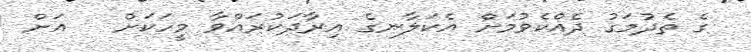
ގެ ތެދުމަގު ދެއްކެވުމަށް އެކަލާނގެ އިރާދަކުރައްވާ މީހަކަށް   އަށް